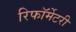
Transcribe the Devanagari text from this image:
रिफॉर्मेटरी